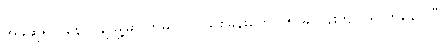
အခုဆိုရင် နောင်ချိုမြို့မှာ တိမ်ပင်လယ်စခန်းတွေ ၁၅ ခု ဝန်းကျင် ရှိလာနေပါပြီ။